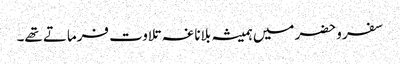
سفر وحضر میں ہمیشہ بلاناغہ تلاوت فرماتے تھے۔